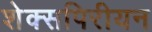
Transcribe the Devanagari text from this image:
शेक्सपिरीयन